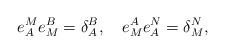
LaTeX: \begin{align*}e^M_Ae^B_M=\delta^B_A,\quad e^A_Me^N_A=\delta^N_M,\end{align*}